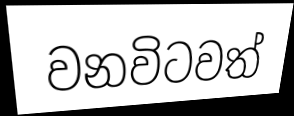
වනවිටවත්